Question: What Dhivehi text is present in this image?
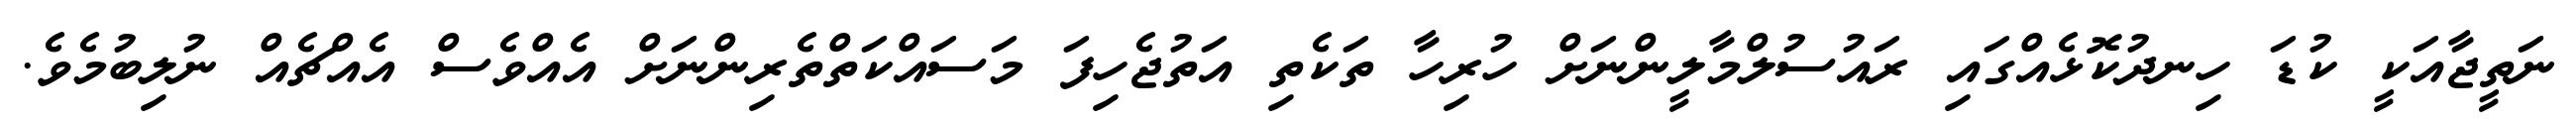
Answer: ނަތީޖާއަކީ ކުޑަ ހިނދުކޮޅެއްގައި ރައުސުލްމާލީންނަށް ހުރިހާ ތަކެތި އަތުޖެހިފަ މަސައްކަތްތެރިންނަށް އެއްވެސް އެއްޗެއް ނުލިބުމެވެ.